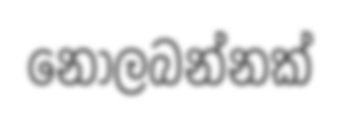
නොලබන්නක්